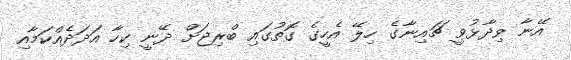
އޭނާ ވިދާޅުވީ ޗައިނާގެ ހިލޭ އެހީގެ ގޮތުގައި ބްރިޖަށް ދޭނީ ކިހާ އަދަދެއްކަމާއި